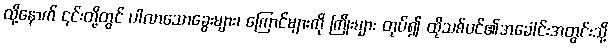
ထို့နောက် ၎င်းတို့တွင် ပါလာသောခွေးများ၊ ကြောင်များကို ကြိုးများ တုပ်၍ ထိုသစ်ပင်၏အခေါင်းအတွင်းသို့